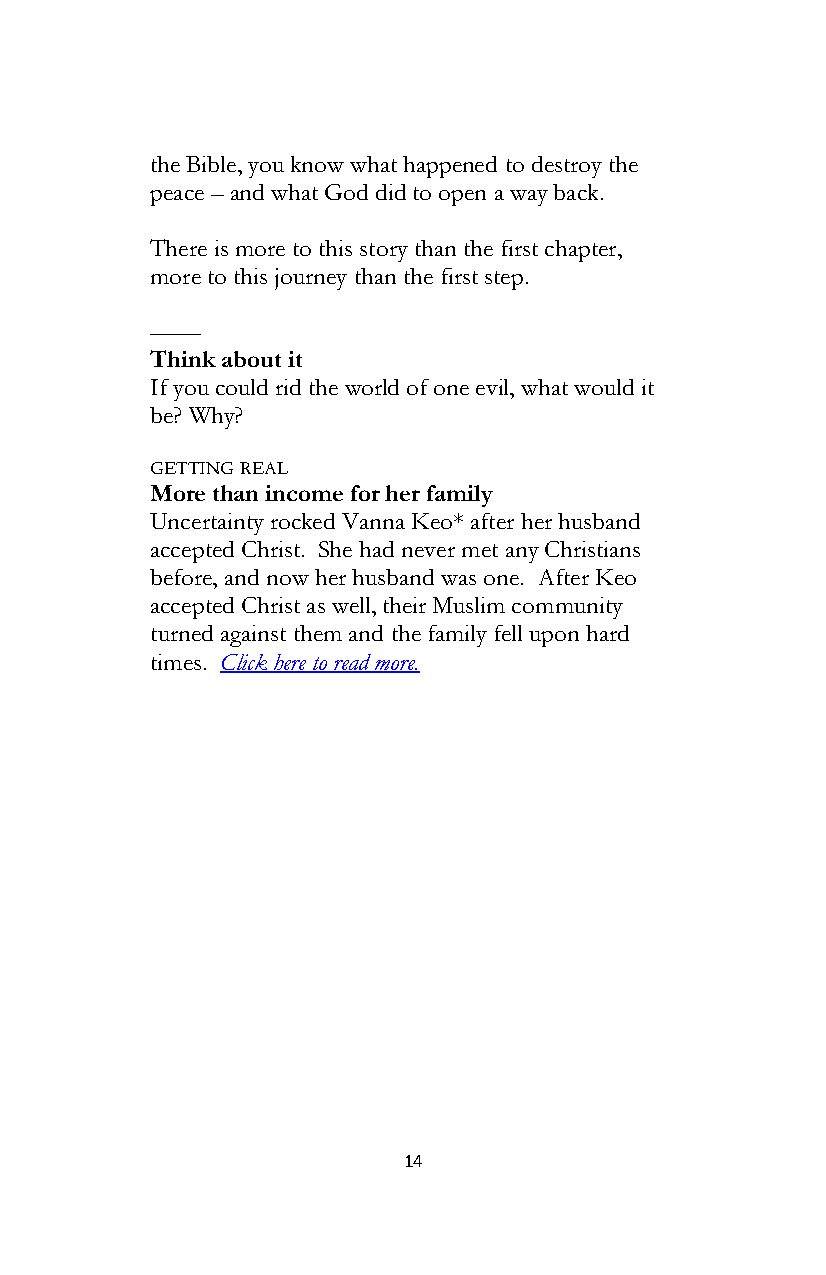
the Bible, you know what happened to destroy the
 peace – and what God did to open a way back.
 There is more to this story than the first chapter,
 more to this journey than the first step.
 ––––
 Think about it
 If you could rid the world of one evil, what would it
 be? Why?
 GETTING REAL
 More than income for her family
 Uncertainty rocked Vanna Keo* after her husband
 accepted Christ. She had never met any Christians
 before, and now her husband was one. After Keo
 accepted Christ as well, their Muslim community
 turned against them and the family fell upon hard
 times. Click here to read more.
 14